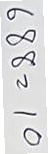
688 = 10